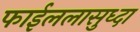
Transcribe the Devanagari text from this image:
फाईललासुध्दा